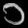
Digit: ၁